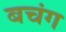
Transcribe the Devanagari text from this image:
बचंग